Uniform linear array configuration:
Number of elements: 24
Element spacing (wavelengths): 0.5
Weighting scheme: uniform
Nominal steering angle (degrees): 30
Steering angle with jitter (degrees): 28.208
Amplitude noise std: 0.05
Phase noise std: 0.05

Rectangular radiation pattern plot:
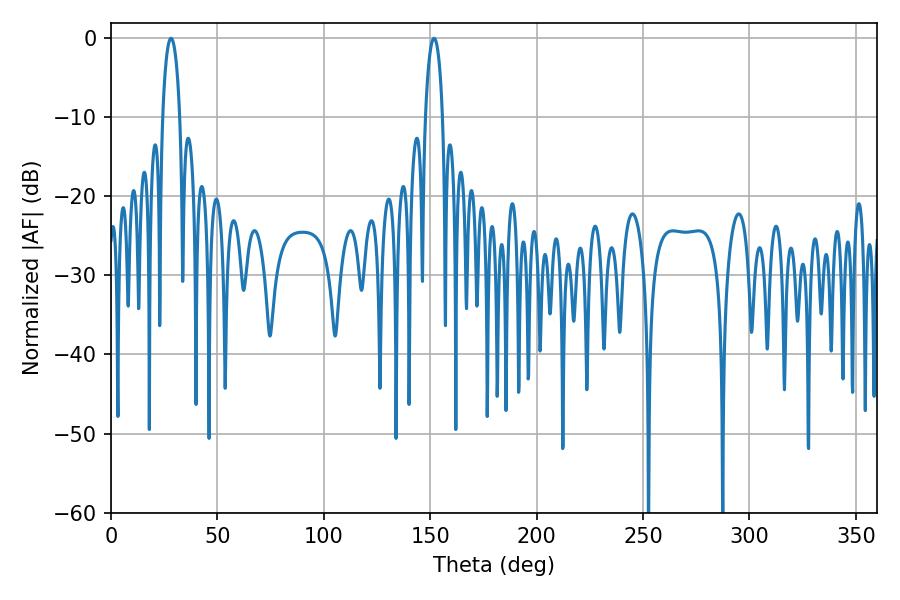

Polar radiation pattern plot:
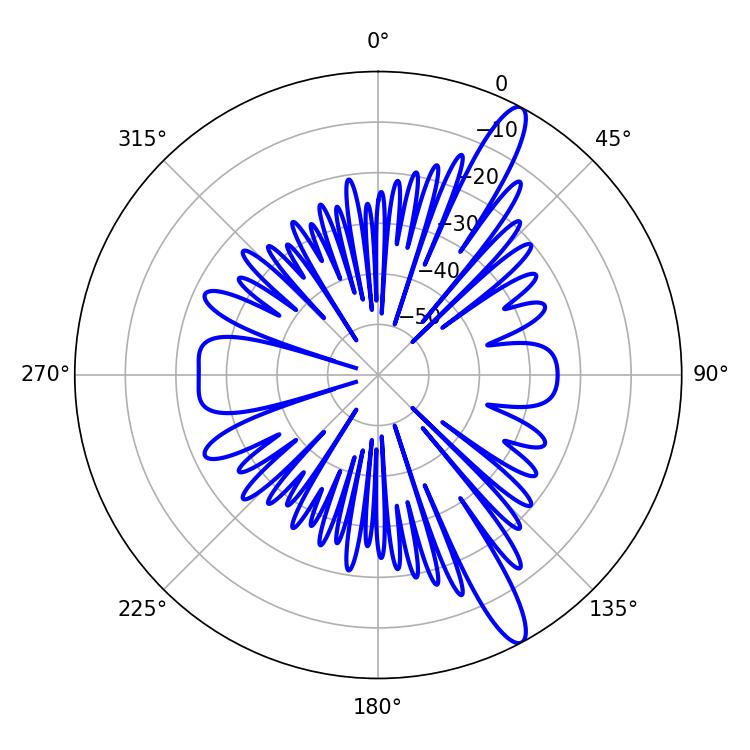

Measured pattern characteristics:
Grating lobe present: FALSE
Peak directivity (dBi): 13.654
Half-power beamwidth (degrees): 4.68
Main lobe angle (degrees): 28.26